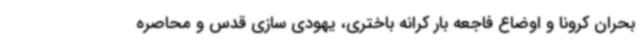
بحران کرونا و اوضاع فاجعه بار کرانه باختری، یهودی سازی قدس و محاصره